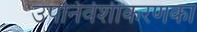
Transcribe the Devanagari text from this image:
उपनिवेशीकरणका